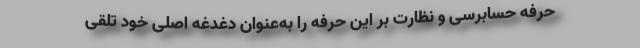
حرفه حسابرسی و نظارت بر این حرفه را به‌عنوان دغدغه اصلی خود تلقی